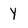
Character: y